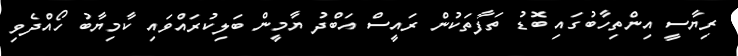
ރިޔާސީ އިންތިހާބުގައި ބޮޑު ތަފާތަކުން ރައީސް އަބްދު ޔާމީން ބަލިކުރައްވައި ކާމިޔާބު ހޯއްދެވި